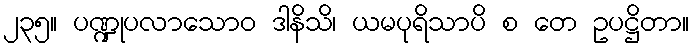
၂၃၅။ ပဏ္ဍုပလာသောဝ ဒါနိသိ၊ ယမပုရိသာပိ စ တေ ဥပဋ္ဌိတာ။